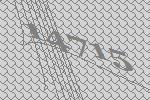
14715